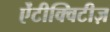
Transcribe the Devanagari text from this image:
ऐंटीक्विटीज़